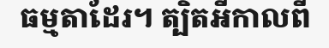
ធម្មតាដែរ។ ត្បិតអីកាលពី